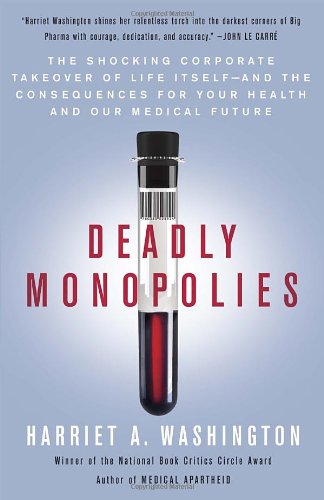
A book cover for Deadly Monopolies: The Shocking Corporate Takeover of Life Itself--And the Consequences for Your Health and Our Medical Future; Harriet A. Washington; Business & Money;